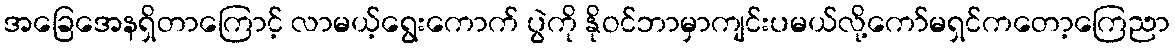
အခြေအေနရှိတာကြောင့် လာမယ့်ရွေးကောက် ပွဲကို နိုဝင်ဘာမှာကျင်းပမယ်လို့ကော်မရှင်ကတော့ကြေညာ